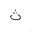
Letter: _tha